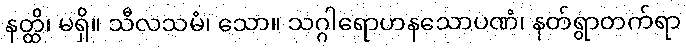
နတ္ထိ၊ မရှိ။ သီလသမံ၊ သော။ သဂ္ဂါရောဟနသောပဏံ၊ နတ်ရွာတက်ရာ